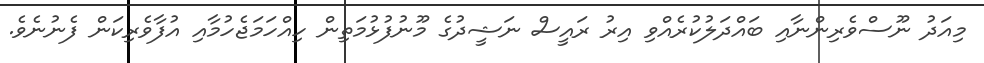
މިއަދު ނޫސްވެރިންނާއި ބައްދަލުކުރެއްވި އިރު ރައީސް ނަޝީދުގެ މޫނުފުޅުމަތިން ހިއްހަމަޖެހުމާއި އުފާވެރިކަން ފެނުނެވެ.